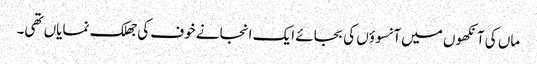
ماں کی آنکھوں میں آنسوؤں کی بجائے ایک انجانے خوف کی جھلک نمایاں تھی۔